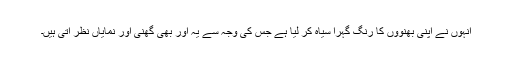
انہوں نے اپنی بھنووں کا رنگ گہرا سیاہ کر لیا ہے جس کی وجہ سے یہ اور بھی گھنی اور نمایاں نظر آتی ہیں۔